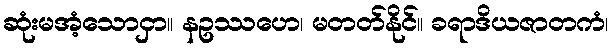
ဆုံးမအံ့သောငှာ။ နဥဿဟေ၊ မတတ်နိုင်။ ခရာဒိယဇာတကံ၊